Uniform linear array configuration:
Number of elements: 48
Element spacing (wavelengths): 0.5
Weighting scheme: kaiser
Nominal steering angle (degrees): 0
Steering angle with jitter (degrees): -0.3215
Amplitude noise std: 0.05
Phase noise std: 0.05

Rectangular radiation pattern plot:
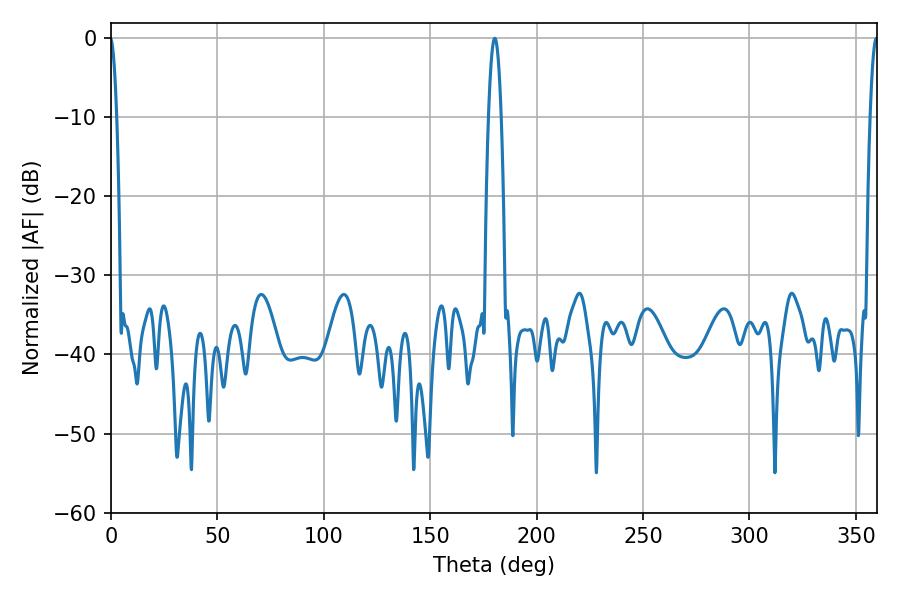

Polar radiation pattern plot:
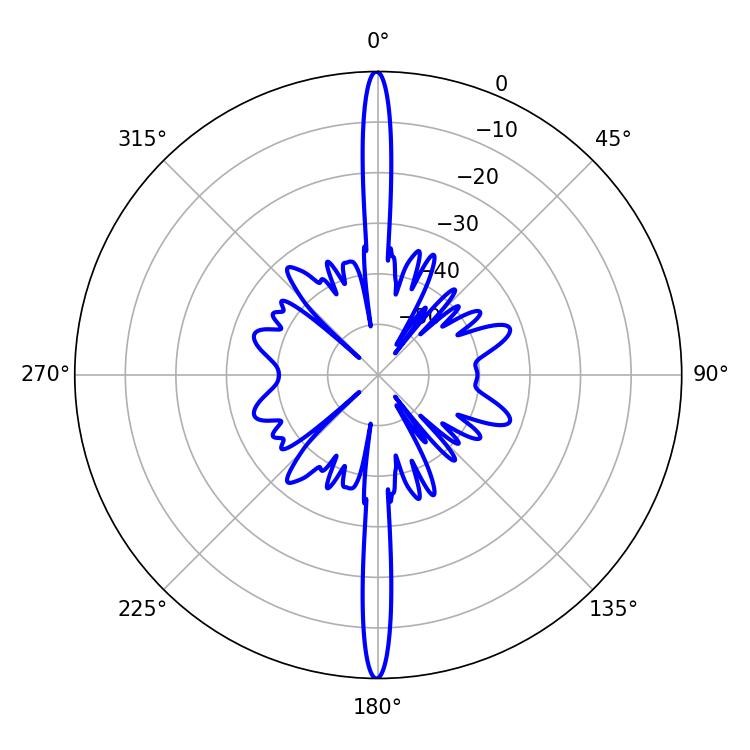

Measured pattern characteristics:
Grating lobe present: FALSE
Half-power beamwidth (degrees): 3.24
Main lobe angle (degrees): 180.36